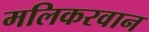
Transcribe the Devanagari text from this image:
मलिकरवान